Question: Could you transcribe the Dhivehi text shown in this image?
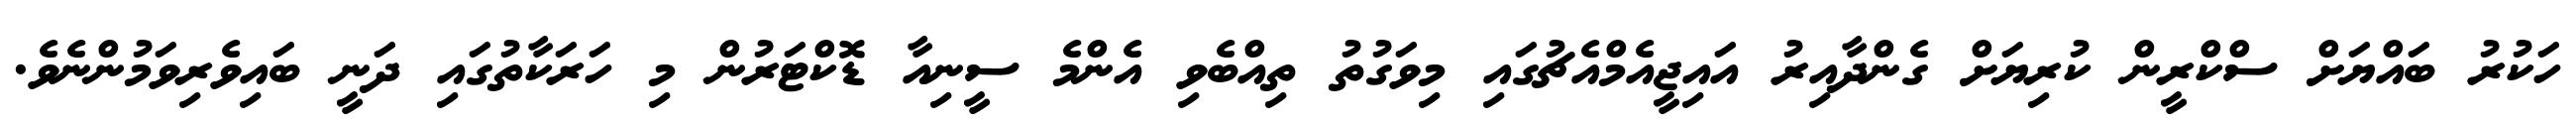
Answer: ހަކުރު ބައްޔަށް ސްކްރީން ކުރިޔަށް ގެންދާއިރު އައިޖީއެމްއެޗުގައި މިވަގުތު ތިއްބެވި އެންމެ ސީނިއާ ޑޮކްޓަރުން މި ހަރަކާތުގައި ދަނީ ބައިވެރިވަމުންނެވެ.